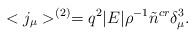
LaTeX: \begin{align*}<j_{\mu}>^{(2)}=q^2|E|\rho^{-1}\tilde{n}^{cr}\delta_\mu^3.\end{align*}